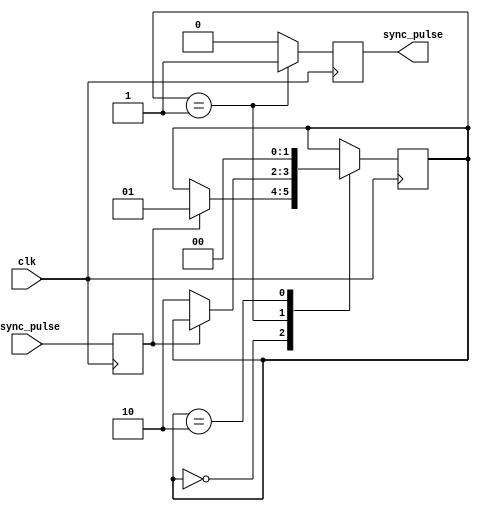
module pulse_synchronizer(
    input wire async_pulse,
    input wire clk,
    output reg sync_pulse
);

reg async_pulse_ff;
reg [1:0] state;

always @(posedge clk) begin
    async_pulse_ff <= async_pulse;
    
    case(state)
        2'b00: begin
            if(async_pulse_ff) begin
                state <= 2'b01;
            end
        end
        2'b01: begin
            if(~async_pulse_ff) begin
                state <= 2'b10;
            end
        end
        2'b10: begin
            state <= 2'b00;
        end
    endcase
end

always @(posedge clk) begin
    case(state)
        2'b01: begin
            sync_pulse <= 1'b1;
        end
        default: begin
            sync_pulse <= 1'b0;
        end
    endcase
end

endmodule